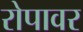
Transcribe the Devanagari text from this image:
रोपावर